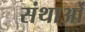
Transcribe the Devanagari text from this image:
संथाओं